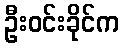
ဦးဝင်းခိုင်က